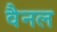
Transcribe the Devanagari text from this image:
वैनल